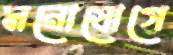
মনোযোগে